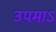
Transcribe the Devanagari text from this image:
उपमाऽ